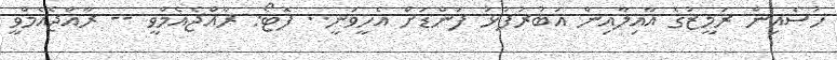
ހުސެއިން ރަމީޒުގެ އާއިލާއިން އަބުރުފުޅު ފަންޑަށް އެހީވަނީ.. ފޮޓޯ: ރާއްޖެއެމްވީ -- ރާއްޖެއެމްވީ